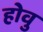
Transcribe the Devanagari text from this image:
होवु